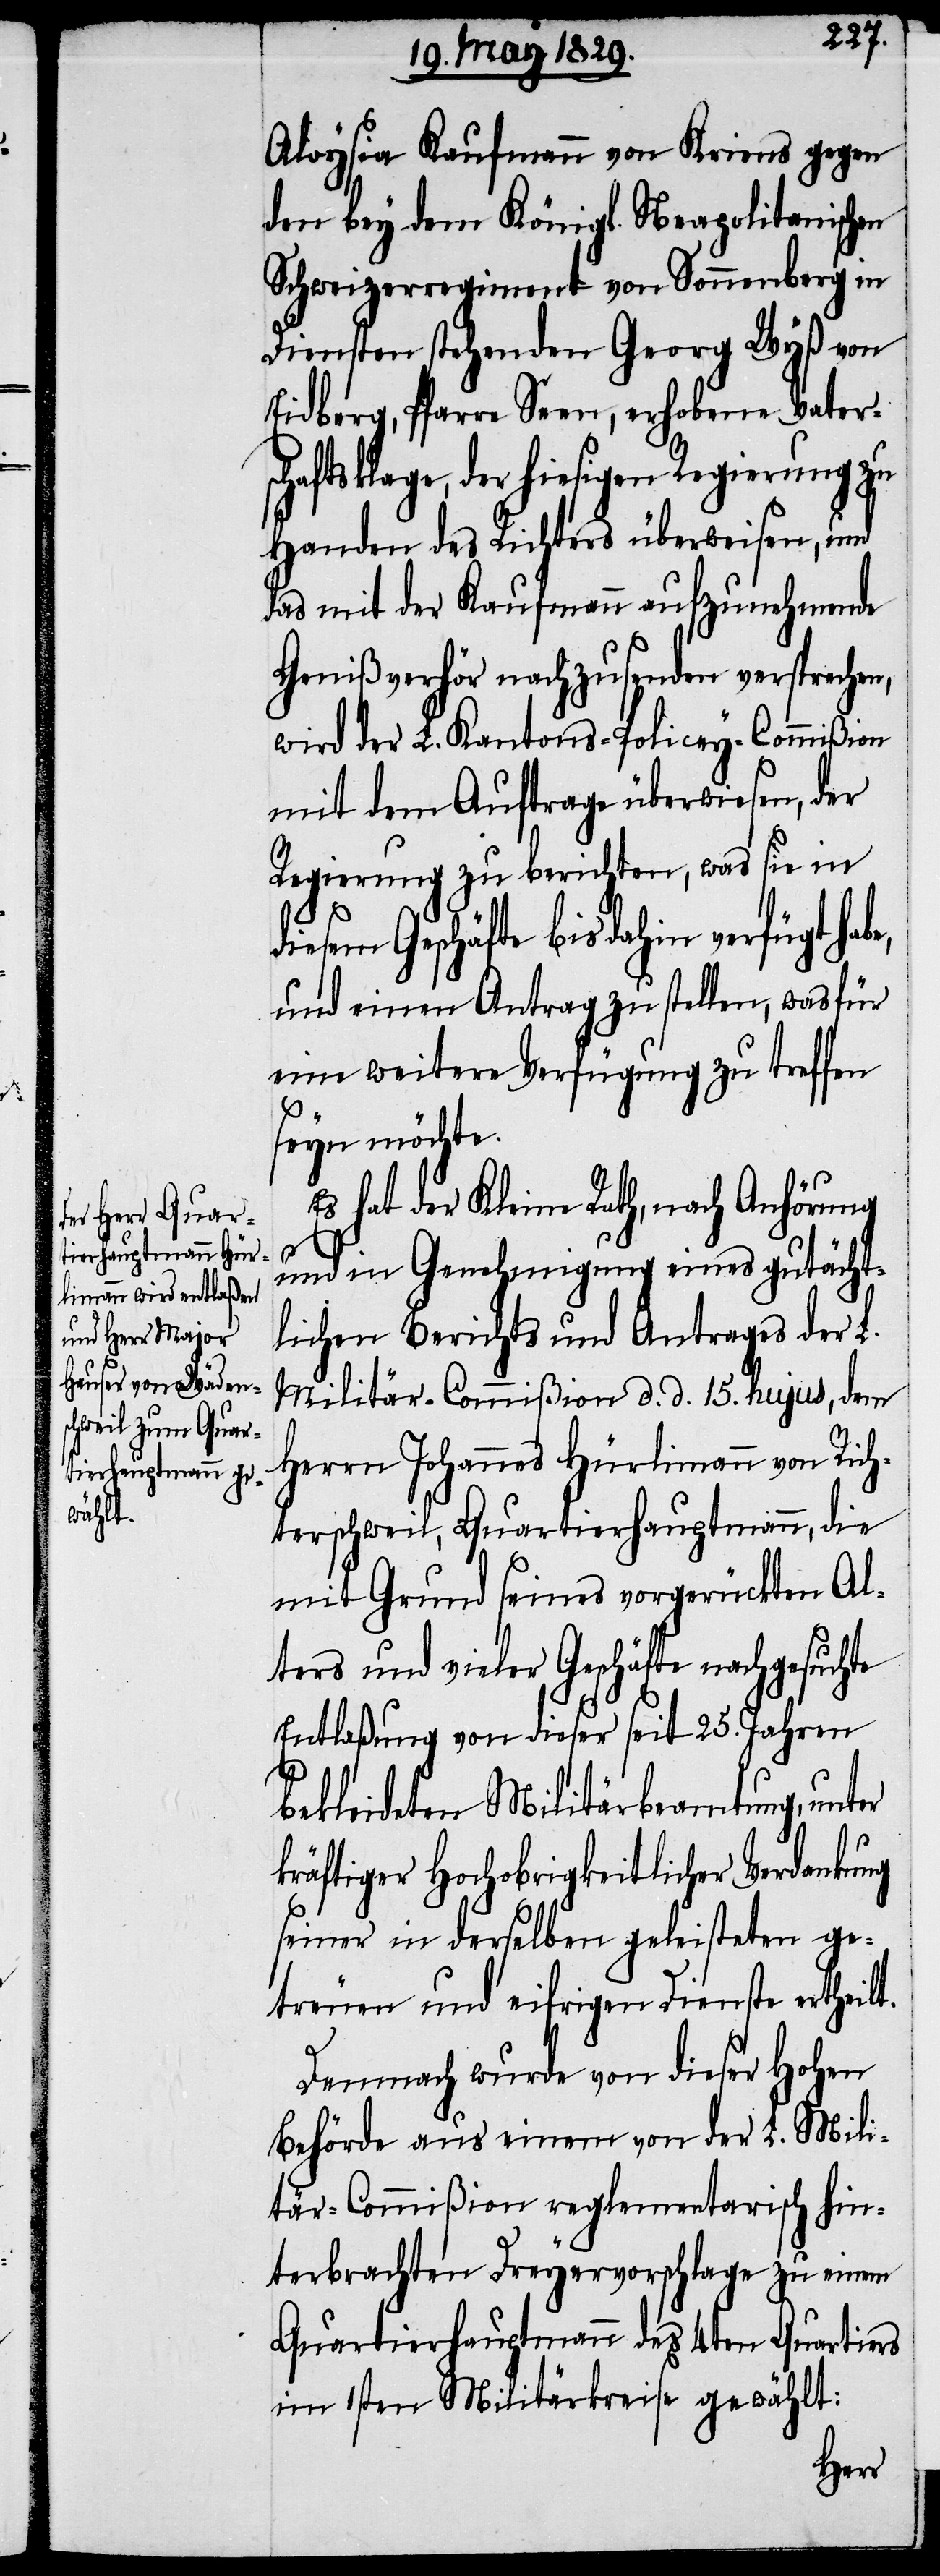
Aloysia Kaufmann von Kriens gegen
den bey dem Königl. Neapolitanischen
Schweizerregiment von Sonnenberg in
Diensten stehenden Georg Wyß von
Eidberg, Pfarre Seen, erhobene Vaters¬
chaftsklage, der hiesigen Regierung zu
Handen des Richters überweisen, und
das mit der Kaufmann aufzunehmende
Genißverhör nachzusenden versprechen,
wird der L. Kantons-Policey-Commißion
mit dem Auftrage überwiesen, der
Regierung zu berichten, was sie in
diesem Geschäfte bis dahin verfügt habe,
und einen Antrag zu stellen, was für
eine weitere Verfügung zu treffen
seyn möchte.
Es hat der Kleine Rath, nach Anhörung
und in Genehmigung eines gutächt¬
lichen Berichts und Antrages der L.
Militär-Commißion d. d. 15. hujus, dem
Herrn Johannes Hürlimann von Rich¬
terschweil, Quartierhauptmann, die
mit Grund seines vorgerückten Al¬
ters und vieler Geschäfte nachgesuchte
Entlaßung von dieser seit 25. Jahren
bekleideten Militärbeamtung, unter
kräftiger Hochobrigkeitlicher Verdankung
seiner in derselben geleisteten ge¬
treuen und eifrigen Dienste ertheilt.
Demnach wurde von dieser Hohen
Behörde aus einem von der L. Mili¬
tär-Commißion reglementarisch hin¬
terbrachten Dreyervorschlage zu einem
Quartierhauptmann des 4ten Quartiers
im 1sten Militärkreise gewählt: